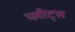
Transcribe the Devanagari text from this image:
प्लीट्स